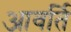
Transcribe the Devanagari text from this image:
आवर्ति